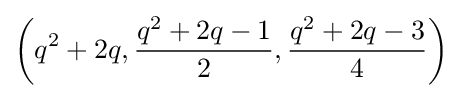
\left(q^{2}+2q,{\frac {q^{2}+2q-1}{2}},{\frac {q^{2}+2q-3}{4}}\right)